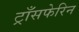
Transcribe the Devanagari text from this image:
ट्राँसफेरिन